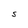
Character: s